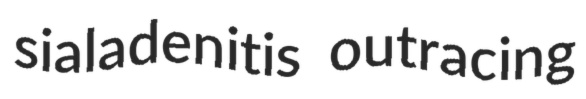
sialadenitis outracing